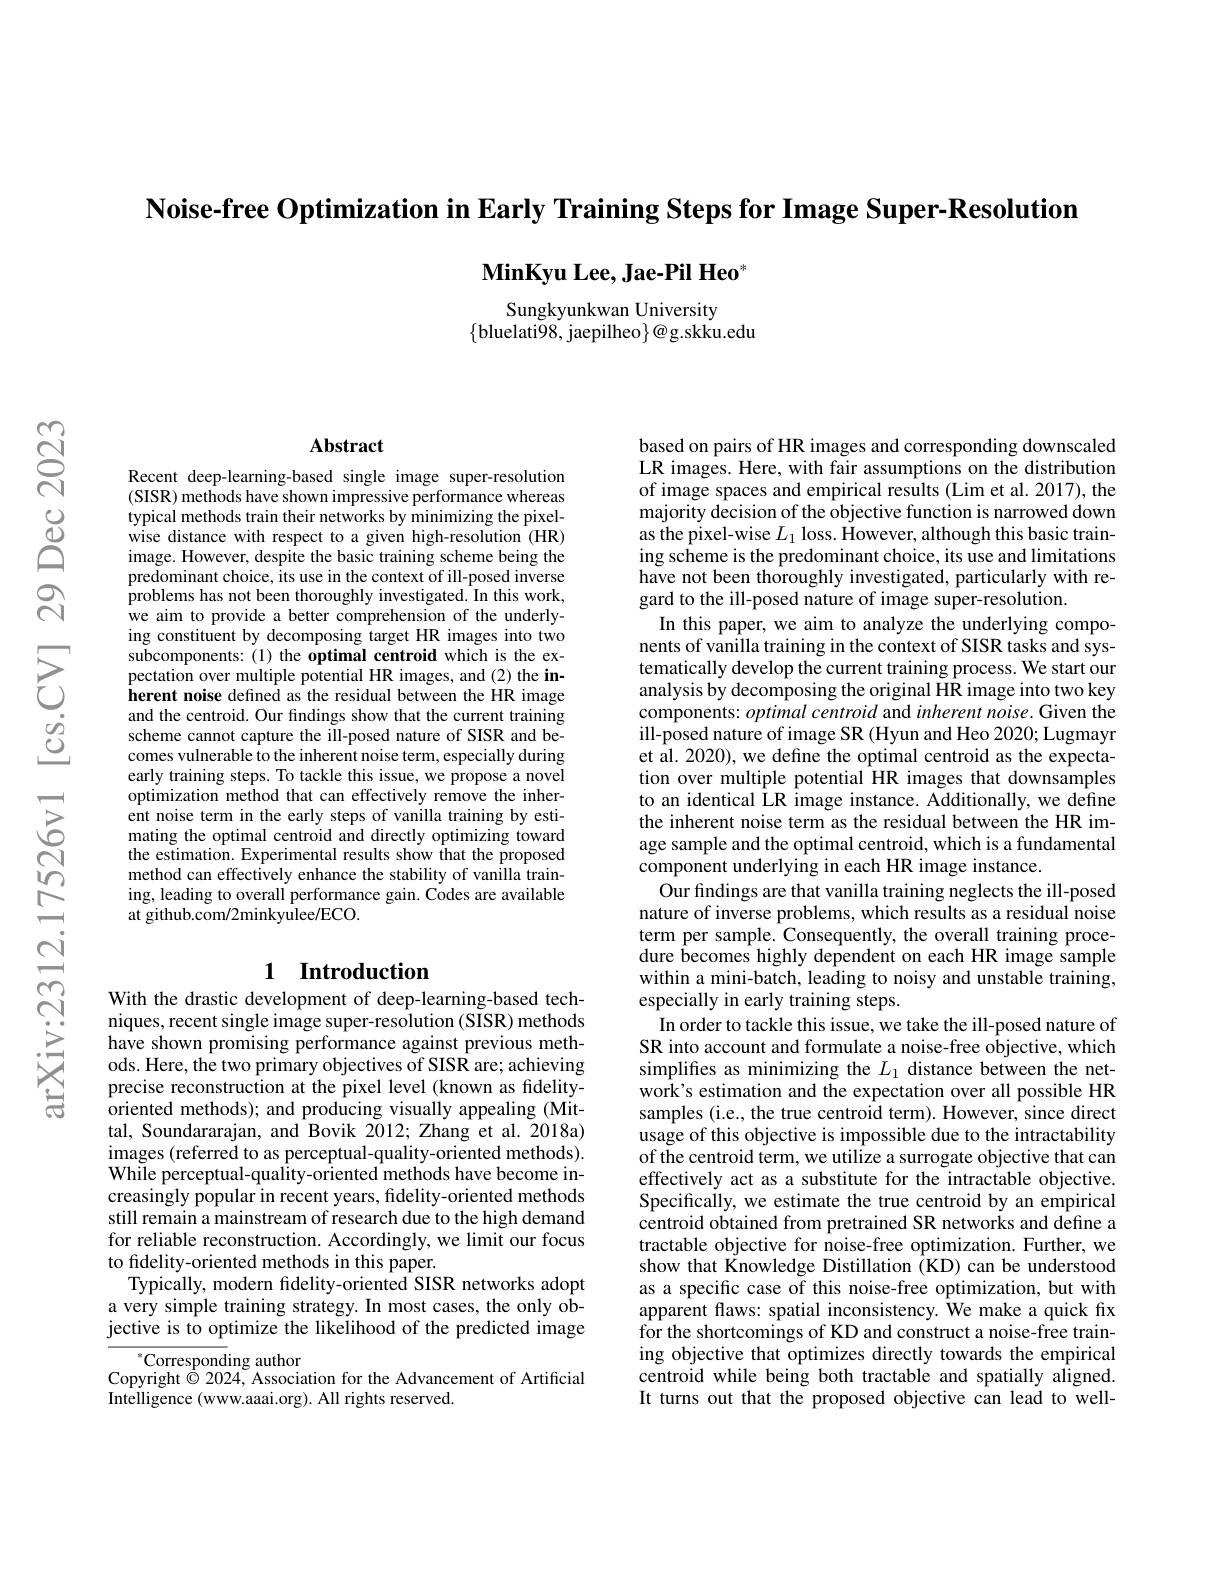
Noise-free Optimization in Early Training Steps for Image Super-Resolution

# $\mathbf{MinKyu~Lee,~Jae-Pil~Heo}^{*}$

Sungkyunkwan University
$\{$bluelati98,jaepilheo$\}\textcircled{a}$g.skku.edu

### $\mathbf{Abstract}$

Recent deep-learning-based single image super-resolution (SISR) methods have shown impressive performance whereas typical methods train their networks by minimizing the pixelwise distance with respect to a given high-resolution (HR) image. However, despite the basic training scheme being the predominant choice, its use in the context of ill-posed inverse problems has not been thoroughly investigated. In this work, we aim to provide a better comprehension of the underlying constituent by decomposing target HR images into two subcomponents: (1) the optimal centroid which is the expectation over multiple potential HR images, and (2) the inherent noise defined as the residual between the HR image and the centroid. Our findings show that the current training scheme cannot capture the ill-posed nature of SISR and becomes vulnerable to the inherent noise term, especially during early training steps. To tackle this issue, we propose a novel optimization method that can effectively remove the inherent noise term in the early steps of vanilla training by estimating the optimal centroid and directly optimizing toward the estimation. Experimental results show that the proposed method can effectively enhance the stability of vanilla training, leading to overall performance gain. Codes are available $\bar{\text{at github.com/2minkyulee/ECO.}}$

## 1 Introduction

With the drastic development of deep-learning-based techniques, recent single image super-resolution (SISR) methods have shown promising performance against previous methods. Here, the two primary objectives of SISR are; achieving precise reconstruction at the pixel level (known as fidelityoriented methods); and producing visually appealing (Mittal, Soundararajan, and Bovik 2012; Zhang et al. 2018a) images (referred to as perceptual-quality-oriented methods). While perceptual-quality-oriented methods have become increasingly popular in recent years, fidelity-oriented methods still remain a mainstream of research due to the high demand for reliable reconstruction. Accordingly, we limit our focus to fidelity-oriented methods in this paper.
Typically, modern fidelity-oriented SISR networks adopt a very simple training strategy. In most cases, the only objective is to optimize the likelihood of the predicted image

$^{*}$Corresponding author
Copyright $\overset{1}{\operatorname*{\odot}}2024$, Association for the Advancement of Artificial
Intelligence (www.aaai.org). All rights reserved.

based on pairs of HR images and corresponding downscaled LR images. Here, with fair assumptions on the distribution of image spaces and empirical results (Lim et al. 2017), the majority decision of the objective function is narrowed down as the pixel-wise $L_1$ loss. However, although this basic training scheme is the predominant choice, its use and limitations have not been thoroughly investigated, particularly with regard to the ill-posed nature of image super-resolution.
In this paper, we aim to analyze the underlying components of vanilla training in the context of SISR tasks and systematically develop the current training process. We start our analysis by decomposing the original HR image into two key components: optimal centroid and inherent noise. Given the ill-posed nature of image SR (Hyun and Heo 2020; Lugmayr et al. 2020), we define the optimal centroid as the expectation over multiple potential HR images that downsamples to an identical LR image instance. Additionally, we define the inherent noise term as the residual between the HR image sample and the optimal centroid, which is a fundamental component underlying in each HR image instance.
Our findings are that vanilla training neglects the ill-posed nature of inverse problems, which results as a residual noise term per sample. Consequently, the overall training procedure becomes highly dependent on each HR image sample within a mini-batch, leading to noisy and unstable training, especially in early training steps.
In order to tackle this issue, we take the ill-posed nature of SR into account and formulate a noise-free objective, which simplifes as minimizing the $L_1$ distance between the network's estimation and the expectation over all possible HR samples (i.e., the true centroid term). However, since direct usage of this objective is impossible due to the intractability of the centroid term, we utilize a surrogate objective that can effectively act as a substitute for the intractable objective. Specifically, we estimate the true centroid by an empirical centroid obtained from pretrained SR networks and define a tractable objective for noise-free optimization. Further, we show that Knowledge Distillation (KD) can be understood as a specific case of this noise-free optimization, but with apparent flaws: spatial inconsistency. ÎWe make a quick fix for the shortcomings of KD and construct a noise-free training objective that optimizes directly towards the empirical centroid while being both tractable and spatially aligned. It turns out that the proposed objective can lead to well-